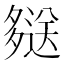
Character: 𫯖